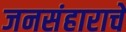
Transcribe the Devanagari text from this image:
जनसंहाराचे